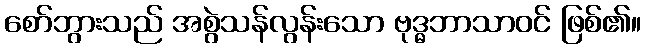
စော်ဘွားသည် အစွဲသန်လွန်းသော ဗုဒ္ဓဘာသာဝင် ဖြစ်၏။